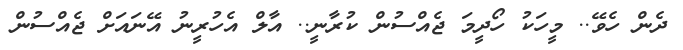
ދެން ހެވޭ.. މީހަކު ހޯދީމަ ޖެއްސުން ކުރާނީ.. އާލް އެހުރީނު އޭނައަށް ޖެއްސުން